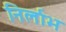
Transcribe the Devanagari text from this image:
निर्लाभ